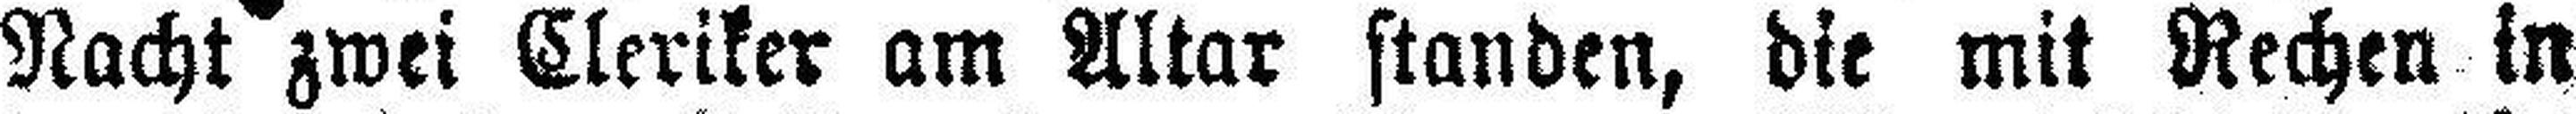
Nacht zwei Cleriker am Altar standen, die mit Rechen in